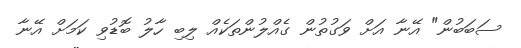
ސަބަބުން" އޭނާ އަށް ވަގުތުން ގެއްލުންތަކެއް ލިބި ހާލު ބޮޑުވި ކަމަށް އޭނާ